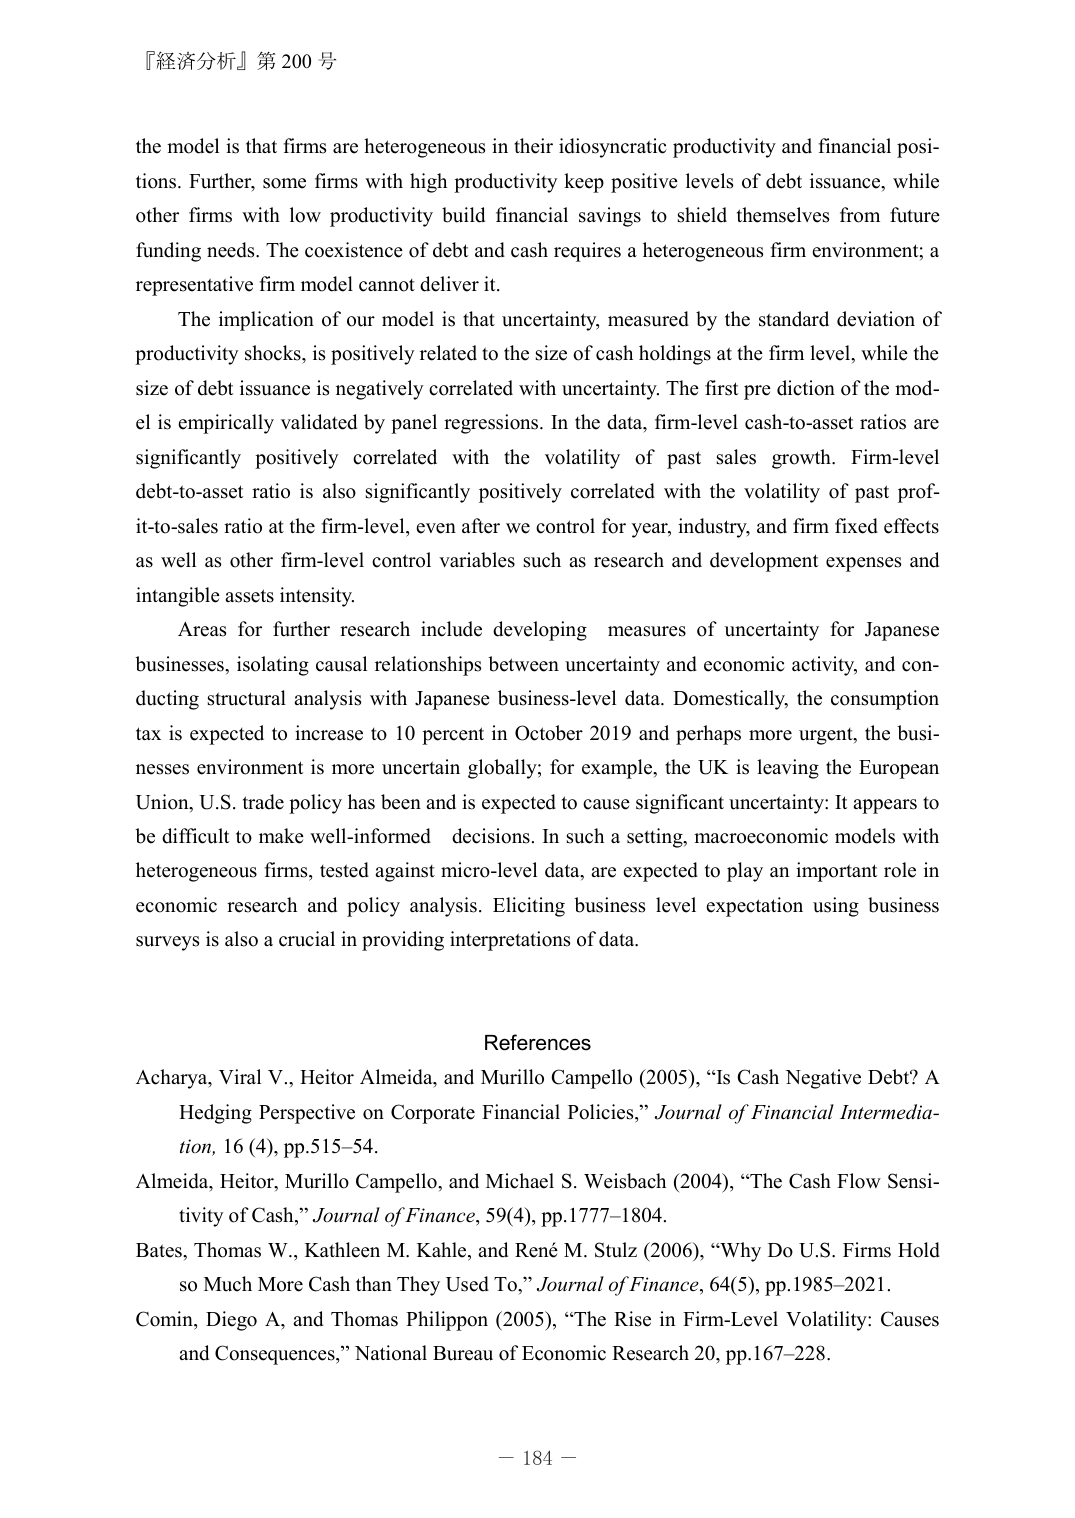
『経済分析』第 200 号

the model is that firms are heterogeneous in their idiosyncratic productivity and financial positions. Further, some firms with high productivity keep positive levels of debt issuance, while other firms with low productivity build financial savings to shield themselves from future funding needs. The coexistence of debt and cash requires a heterogeneous firm environment; a representative firm model cannot deliver it.

The implication of our model is that uncertainty, measured by the standard deviation of productivity shocks, is positively related to the size of cash holdings at the firm level, while the size of debt issuance is negatively correlated with uncertainty. The first prediction of the model is empirically validated by panel regressions. In the data, firm-level cash-to-asset ratios are significantly positively correlated with the volatility of past sales growth. Firm-level debt-to-asset ratio is also significantly positively correlated with the volatility of past profit-to-sales ratio at the firm-level, even after we control for year, industry, and firm fixed effects as well as other firm-level control variables such as research and development expenses and intangible assets intensity.

Areas for further research include developing measures of uncertainty for Japanese businesses, isolating causal relationships between uncertainty and economic activity, and conducting structural analysis with Japanese business-level data. Domestically, the consumption tax is expected to increase to 10 percent in October 2019 and perhaps more urgent, the businesses environment is more uncertain globally; for example, the UK is leaving the European Union, U.S. trade policy has been and is expected to cause significant uncertainty: It appears to be difficult to make well-informed decisions. In such a setting, macroeconomic models with heterogeneous firms, tested against micro-level data, are expected to play an important role in economic research and policy analysis. Eliciting business level expectation using business surveys is also a crucial in providing interpretations of data.

References

Acharya, Viral V., Heitor Almeida, and Murillo Campello (2005), “Is Cash Negative Debt? A Hedging Perspective on Corporate Financial Policies,” Journal of Financial Intermediation, 16 (4), pp.515–54.

Almeida, Heitor, Murillo Campello, and Michael S. Weisbach (2004), “The Cash Flow Sensitivity of Cash,” Journal of Finance, 59(4), pp.1777–1804.

Bates, Thomas W., Kathleen M. Kahle, and René M. Stulz (2006), “Why Do U.S. Firms Hold so Much More Cash than They Used To,” Journal of Finance, 64(5), pp.1985–2021.

Comin, Diego A, and Thomas Philippon (2005), “The Rise in Firm-Level Volatility: Causes and Consequences,” National Bureau of Economic Research 20, pp.167–228.

— 184 —